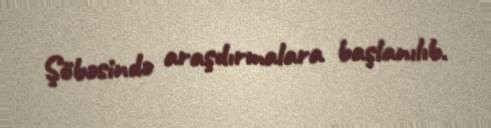
Şöbəsində araşdırmalara başlanılıb.